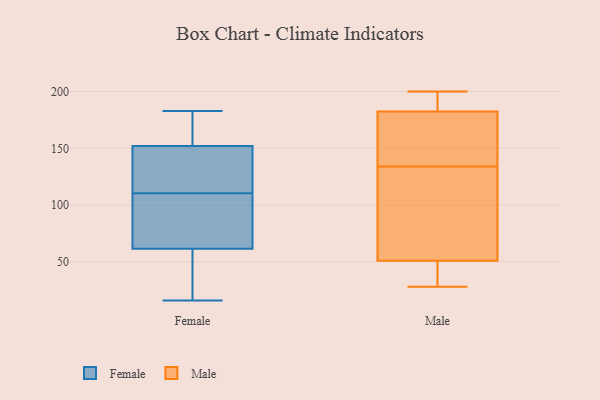
{"axis": {"x": "Backlog", "y": "Value"}, "legend": ["Female", "Male"], "data": [{"x": "", "y": 53, "type": "Female"}, {"x": "", "y": 123, "type": "Female"}, {"x": "", "y": 16, "type": "Female"}, {"x": "", "y": 61, "type": "Female"}, {"x": "", "y": 98, "type": "Female"}, {"x": "", "y": 155, "type": "Female"}, {"x": "", "y": 137, "type": "Female"}, {"x": "", "y": 62, "type": "Female"}, {"x": "", "y": 149, "type": "Female"}, {"x": "", "y": 183, "type": "Female"}, {"x": "", "y": 177, "type": "Female"}, {"x": "", "y": 92, "type": "Female"}, {"x": "", "y": 35, "type": "Male"}, {"x": "", "y": 37, "type": "Male"}, {"x": "", "y": 116, "type": "Male"}, {"x": "", "y": 187, "type": "Male"}, {"x": "", "y": 181, "type": "Male"}, {"x": "", "y": 143, "type": "Male"}, {"x": "", "y": 183, "type": "Male"}, {"x": "", "y": 186, "type": "Male"}, {"x": "", "y": 134, "type": "Male"}, {"x": "", "y": 51, "type": "Male"}, {"x": "", "y": 84, "type": "Male"}, {"x": "", "y": 28, "type": "Male"}, {"x": "", "y": 169, "type": "Male"}, {"x": "", "y": 108, "type": "Male"}, {"x": "", "y": 200, "type": "Male"}, {"x": "", "y": 144, "type": "Male"}, {"x": "", "y": 184, "type": "Male"}, {"x": "", "y": 51, "type": "Male"}, {"x": "", "y": 48, "type": "Male"}]}